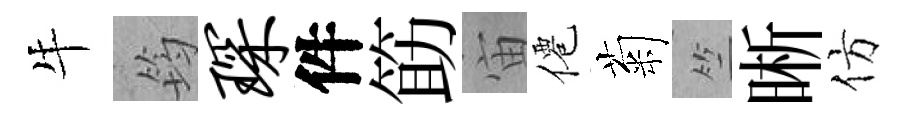
牛筠琛件筯宙僊菊竺晰仿